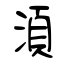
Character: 湏